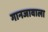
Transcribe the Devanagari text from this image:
गानजावाला